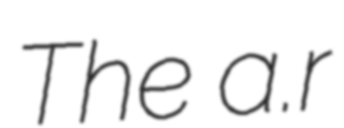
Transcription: The a.r